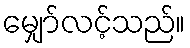
မျှော်လင့်သည်။